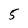
Character: 5